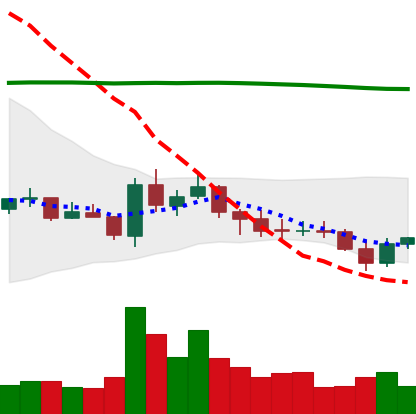
Ticker: EOS-USD
Chart end date: 2021-07-22
Forward return: 5.317%
Label: up_5_7